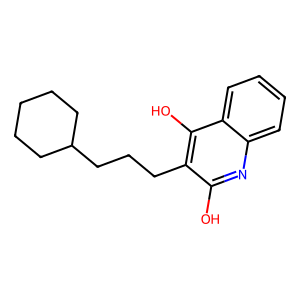
SMILES: Oc1nc2ccccc2c(O)c1CCCC1CCCCC1
Inhibits HIV replication: No